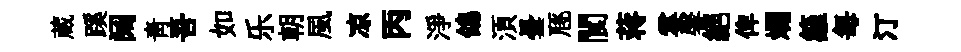
蔵蹊阔青吾如乐朝風凉丙淨鴿湏曇豗閬蒋霎馨絕俾斕籬每汀